Scottish Leaving Certificate Examination, 1957
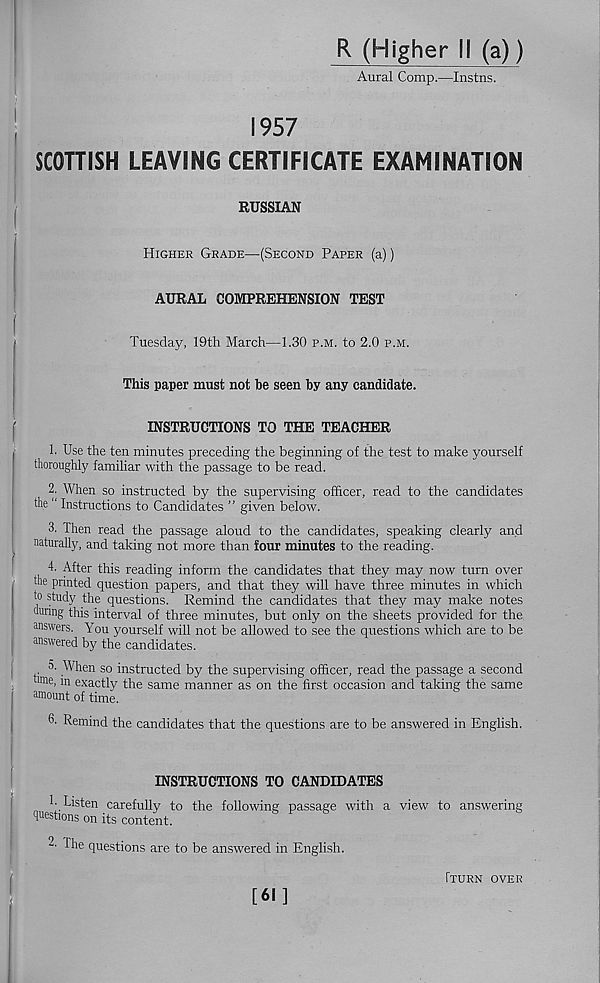
I
R (Higher II (a))
Aural Comp.—Instns.
1957
SCOTTISH LEAVING CERTIFICATE EXAMINATION
RUSSIAN
Higher Grade—(Second Paper (a))
i
i
AURAL COMPREHENSION TEST
Tuesday, 19th March—1.30 p.m. to 2.0 p.m.
This paper must not be seen by any candidate.
INSTRUCTIONS TO THE TEACHER
1. Use the ten minutes preceding the beginning of the test to make yourself
thoroughly familiar with the passage to be read.
2. When so instructed by the supervising officer, read to the candidates
the “ Instructions to Candidates ” given below.
3. Then read the passage aloud to the candidates, speaking clearly and
naturally, and taking not more than four minutes to the reading.
4. After this reading inform the candidates that they may now turn over
the printed question papers, and that they will have three minutes in which
to study the questions. Remind the candidates that they may make notes
huring this interval of three minutes, but only on the sheets provided for the
answers. You yourself will not be allowed to see the questions which are to be
answered by the candidates.
o- When so instructed by the supervising officer, read the passage a second
lme > exactly the same manner as on the first occasion and taking the same
amount of time.
6. Remind the candidates that the questions are to be answered in English.
INSTRUCTIONS TO CANDIDATES
1- Listen carefully to the following passage with a view to answering
questions on its content.
-• The questions are to be answered in English.
[61]
Iturn over